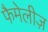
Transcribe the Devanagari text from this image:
फैमेलीज़